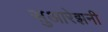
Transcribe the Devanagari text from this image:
सुआरेझनी